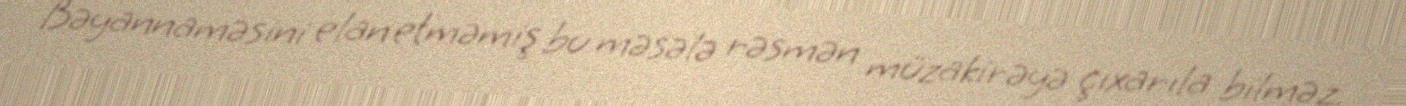
Bəyannaməsini elan etməmiş bu məsələ rəsmən müzakirəyə çıxarıla bilməz.